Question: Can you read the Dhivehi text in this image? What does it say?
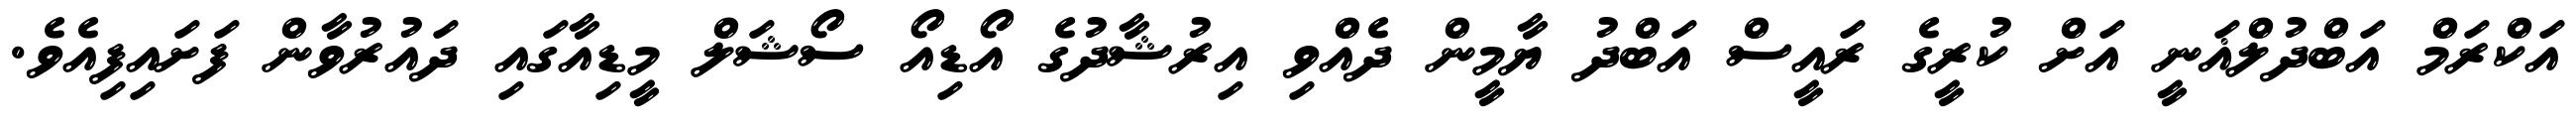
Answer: އަކްރަމް އަބްދުލްޣަނީ އަށް ކުރީގެ ރައީސް އަބްދު ޔާމީން ދެއްވި އިރުޝާދުގެ އޯޑިއޯ ސޯޝަލް މީޑިއާގައި ދައުރުވާން ފަށައިފިއެވެ.